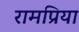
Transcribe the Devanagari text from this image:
रामप्रिया